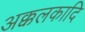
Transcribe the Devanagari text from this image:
अक्कलकादि